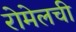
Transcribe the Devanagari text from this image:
रोमेलची